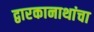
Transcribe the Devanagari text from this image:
द्वारकानाथांचा